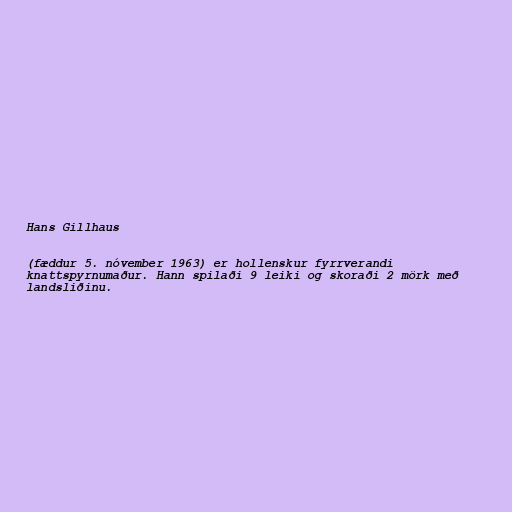
Hans Gillhaus

(fæddur 5. nóvember 1963) er hollenskur fyrrverandi
knattspyrnumaður. Hann spilaði 9 leiki og skoraði 2 mörk með
landsliðinu.